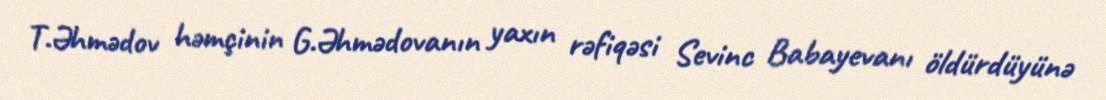
T.Əhmədov həmçinin G.Əhmədovanın yaxın rəfiqəsi Sevinc Babayevanı öldürdüyünə